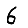
Digit: 6